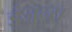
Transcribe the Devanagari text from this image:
इंजन्स